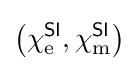
\left(\chi _{\text{e}}^{\textsf {SI}},\chi _{\text{m}}^{\textsf {SI}}\right)